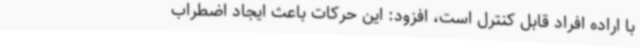
با اراده افراد قابل کنترل است، افزود: این حرکات باعث ایجاد اضطراب